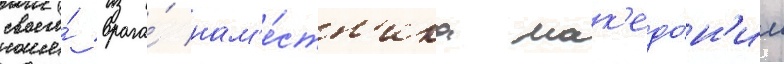
своего́ врага́ нам'е́стн'ика мак'едо́н'ии